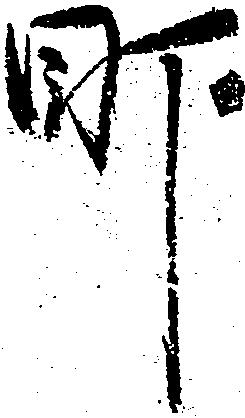
町